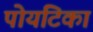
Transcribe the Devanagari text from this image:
पोयटिका